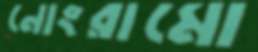
নোংরামো